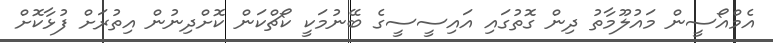
އެމްއޯސީން މައުލޫމާތު ދިން ގޮތުގައި އައިސީސީގެ ބޭނުމަކީ ކޯޗްކަން ކޮށްދިނުން އިތުރަށް ފުޅާކޮށް